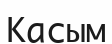
Касым